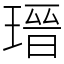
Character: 瑨